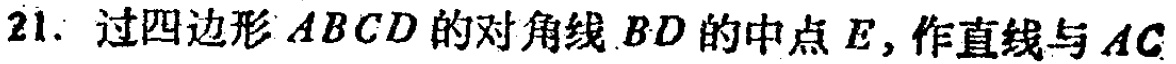
21. 过四边形 \(ABCD\) 的对角线 \(BD\) 的中点 \(E\)，作直线与 \(AC\)